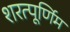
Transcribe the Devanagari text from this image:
शरत्पूर्णिम